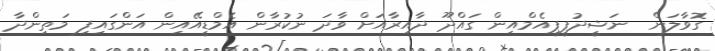
ގޮވާލަން  ނަޝީދުޕީޕީއެމްއިން ގައްދޫ ދާއިރާއަށް ވާދަ ނުކުރާން އެމްޑީއޭއިން އަންގައިފި މަތިންދާ